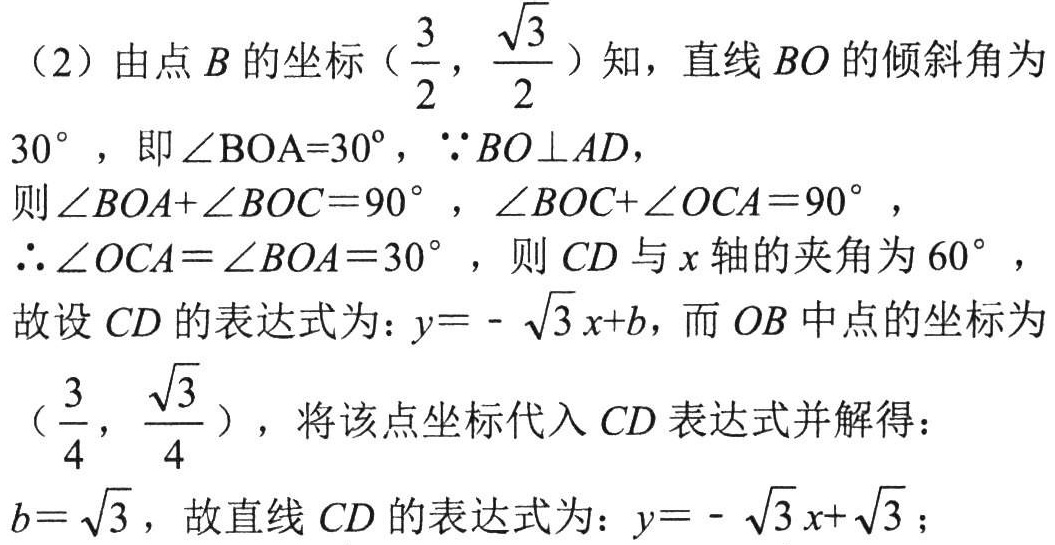
（2）由点\(B\)的坐标\((\frac{3}{2},\frac{\sqrt{3}}{2})\)知，直线\(BO\)的倾斜角为\(30^{\circ}\)，即\(\angle BOA = 30^{\circ}\)，\(\because BO\perp AD\)，
则\(\angle BOA+\angle BOC = 90^{\circ}\)，\(\angle BOC+\angle OCA = 90^{\circ}\)，
\(\therefore\angle OCA=\angle BOA = 30^{\circ}\)，则\(CD\)与\(x\)轴的夹角为\(60^{\circ}\)，
故设\(CD\)的表达式为：\(y = -\sqrt{3}x + b\)，而\(OB\)中点的坐标为\((\frac{3}{4},\frac{\sqrt{3}}{4})\)，将该点坐标代入\(CD\)表达式并解得：
\(b = \sqrt{3}\)，故直线\(CD\)的表达式为：\(y = -\sqrt{3}x+\sqrt{3}\)；